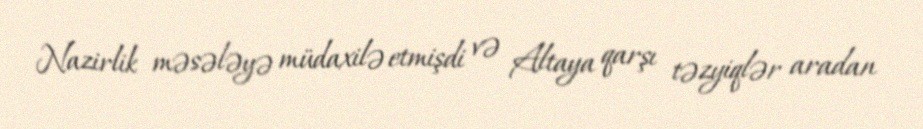
Nazirlik məsələyə müdaxilə etmişdi və Altaya qarşı təzyiqlər aradan